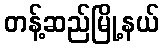
တန့်ဆည်မြို့နယ်